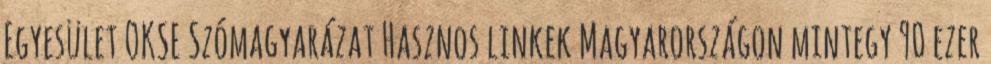
Egyesület OKSE Szómagyarázat Hasznos linkek Magyarországon mintegy 90 ezer